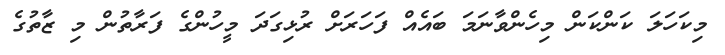
މިކަހަލަ ކަންކަން މިހެންވާނަމަ ބައެއް ފަހަރަށް ރުޅިގަދަ މީހުންގެ ފަރާތުން މި ޒާތުގެ